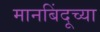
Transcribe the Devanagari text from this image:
मानबिंदूच्या